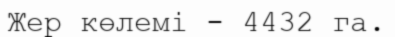
Жер көлемі - 4432 га.